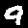
Label: 9